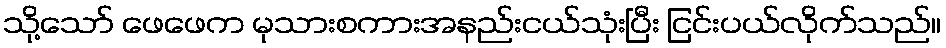
သို့သော် ဖေဖေက မုသားစကားအနည်းငယ်သုံးပြီး ငြင်းပယ်လိုက်သည်။